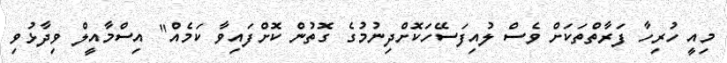
މިއީ ހުރިހާ ފަރާތްތަކަށް ވެސް ލުއިފަސޭހަކޮށްދިނުމުގެ ގޮތުން ކޮށްފައިވާ ކަމެއް" އިސްމާއީލް ވިދާޅުވި